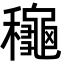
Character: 龝